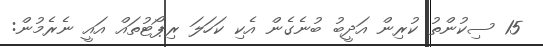
15 ސިކުންތު ކުރިން އަދީބު ބުނެގެން އެކި ކަހަލަ ރިޕޯޓުތައް އައީ ނެރެމުން: